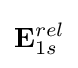
\mathbf {E} _{1s}^{rel}